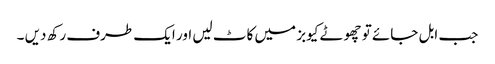
جب ابل جائے تو چھوٹے کیوبز میں کاٹ لیں اور ایک طرف رکھ دیں ۔